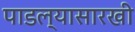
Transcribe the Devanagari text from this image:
पाडल्यासारखी